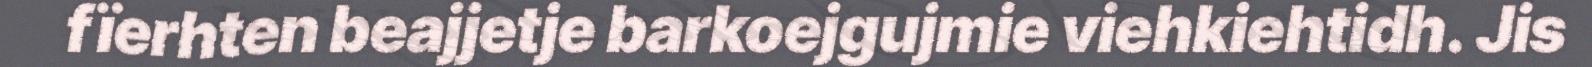
fïerhten beajjetje barkoejgujmie viehkiehtidh. Jis